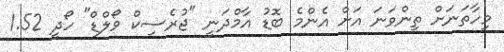
މިހާތަނަށް ތިންވަނަ އަށް އެންމެ ބޮޑު އާމްދަނީ "ޖުރެސިކް ވޯލްޑް" ހޯދީ 1.52